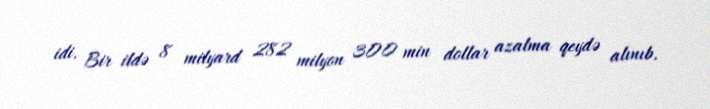
idi. Bir ildə 8 milyard 282 milyon 300 min dollar azalma qeydə alınıb.